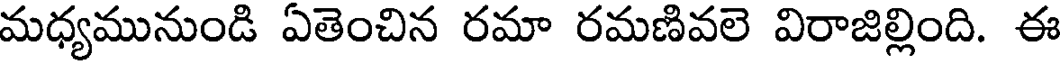
మధ్యమునుండి ఏతెంచిన రమా రమణివలె విరాజిల్లింది. ఈ